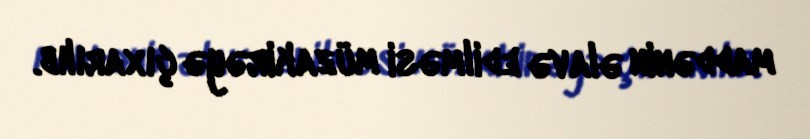
maddənin əlavə edilməsi müzakirəyə çıxarılıb.